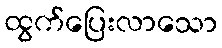
ထွက်ပြေးလာသော